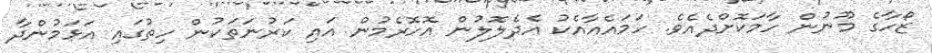
ޒޯހާގެ މޫނުން ހާމަކޮށްދެއެވެ. ހަމައެއާއެކު އެދެލޮލުން އޮހޮރެމުން އައި ކަރުނަތަކުން ހިތުގައި އަޅަމުންދާ